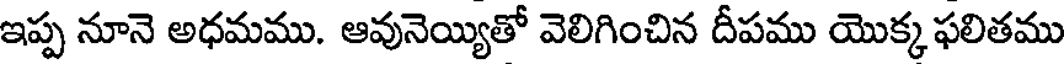
ఇప్ప నూనె అధమము. ఆవునెయ్యితో వెలిగించిన దీపము యొక్క ఫలితము